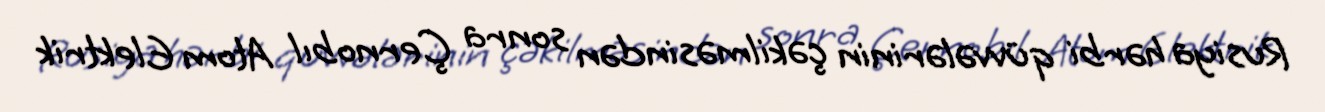
Rusiya hərbi qüvvələrinin çəkilməsindən sonra Çernobıl Atom Elektrik